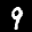
Label: 9